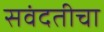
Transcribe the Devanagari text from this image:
सवंदतीचा